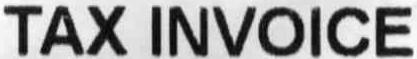
TAX INVOICE